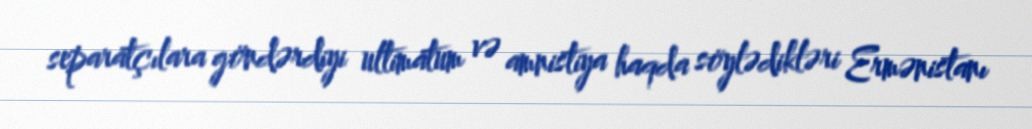
separatçılara göndərdiyi ultimatum və amnistiya haqda söylədikləri Ermənistanı